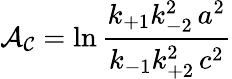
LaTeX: \displaystyle{\cal A_{C}}=\ln\frac{k_{+1}k_{-2}^{2}\, a^{2}}{k_{-1}k_{+2}^{2}\, c^{2}}